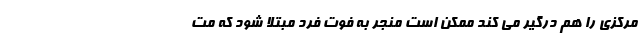
مرکزی را هم درگیر می کند ممکن است منجر به فوت فرد مبتلا شود که مت